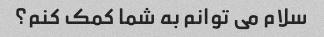
سلام می توانم به شما کمک کنم؟